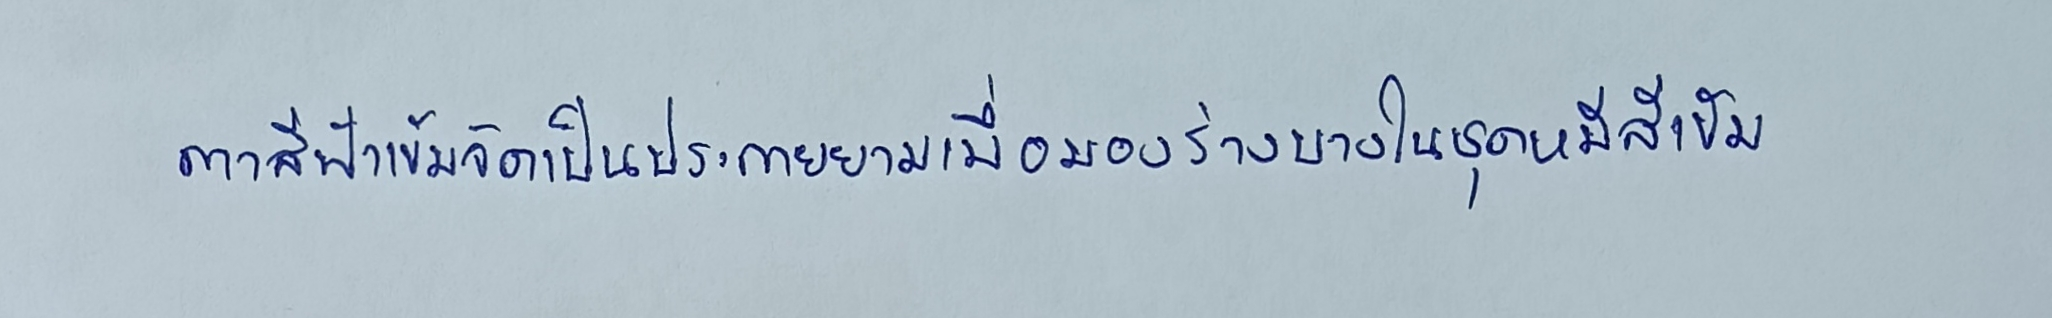
ตาสีฟ้าเข้มจัดเป็นประกายยามเมื่อมองร่างบางในชุดหมีสีเข้ม